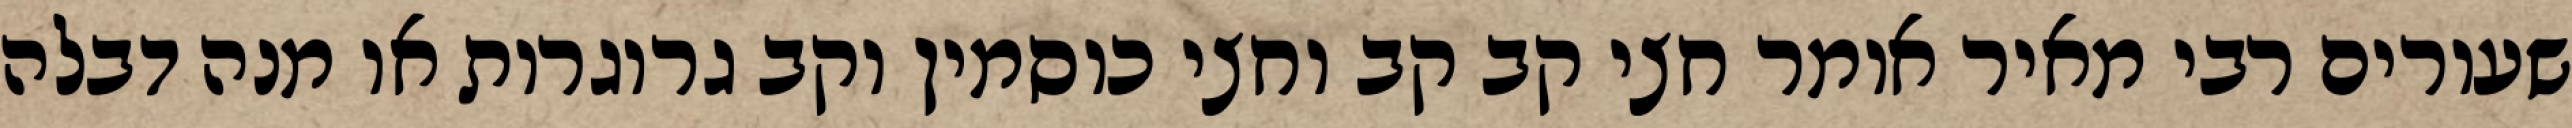
שעורים רבי מאיר אומר חצי קב קב וחצי כוסמין וקב גרוגרות או מנה דבלה